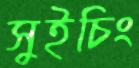
সুইচিং